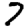
Digit: 7